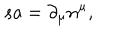
s a = \partial _ { \mu } n ^ { \mu } ,